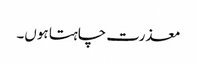
معذرت چاہتا ہوں۔